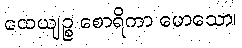
ထေယျဉ္စ စောရိကာ မောသော၊